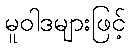
မူဝါဒများဖြင့်